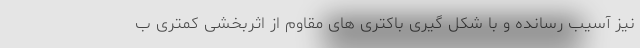
نیز آسیب رسانده و با شکل گیری باکتری های مقاوم از اثربخشی کمتری ب